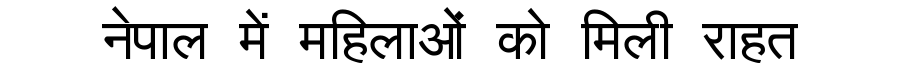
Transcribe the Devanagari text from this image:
नेपाल में महिलाओं को मिली राहत